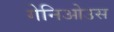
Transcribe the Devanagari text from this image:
गेनिओउस